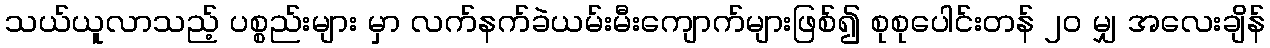
သယ်ယူလာသည့် ပစ္စည်းများ မှာ လက်နက်ခဲယမ်းမီးကျောက်များဖြစ်၍ စုစုပေါင်းတန် ၂၀ မျှ အလေးချိန်